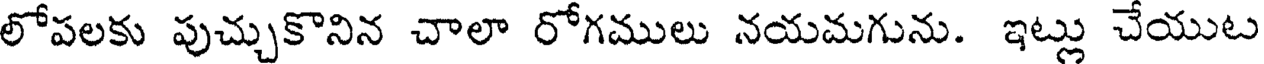
లోపలకు పుచ్చుకొనిన చాలా రోగములు నయమగును. ఇట్లు చేయుట